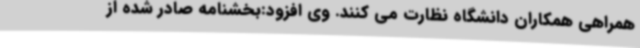
همراهی همکاران دانشگاه نظارت می کنند. وی افزود:بخشنامه صادر شده از